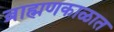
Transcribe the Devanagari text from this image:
ब्राह्मणकाळात